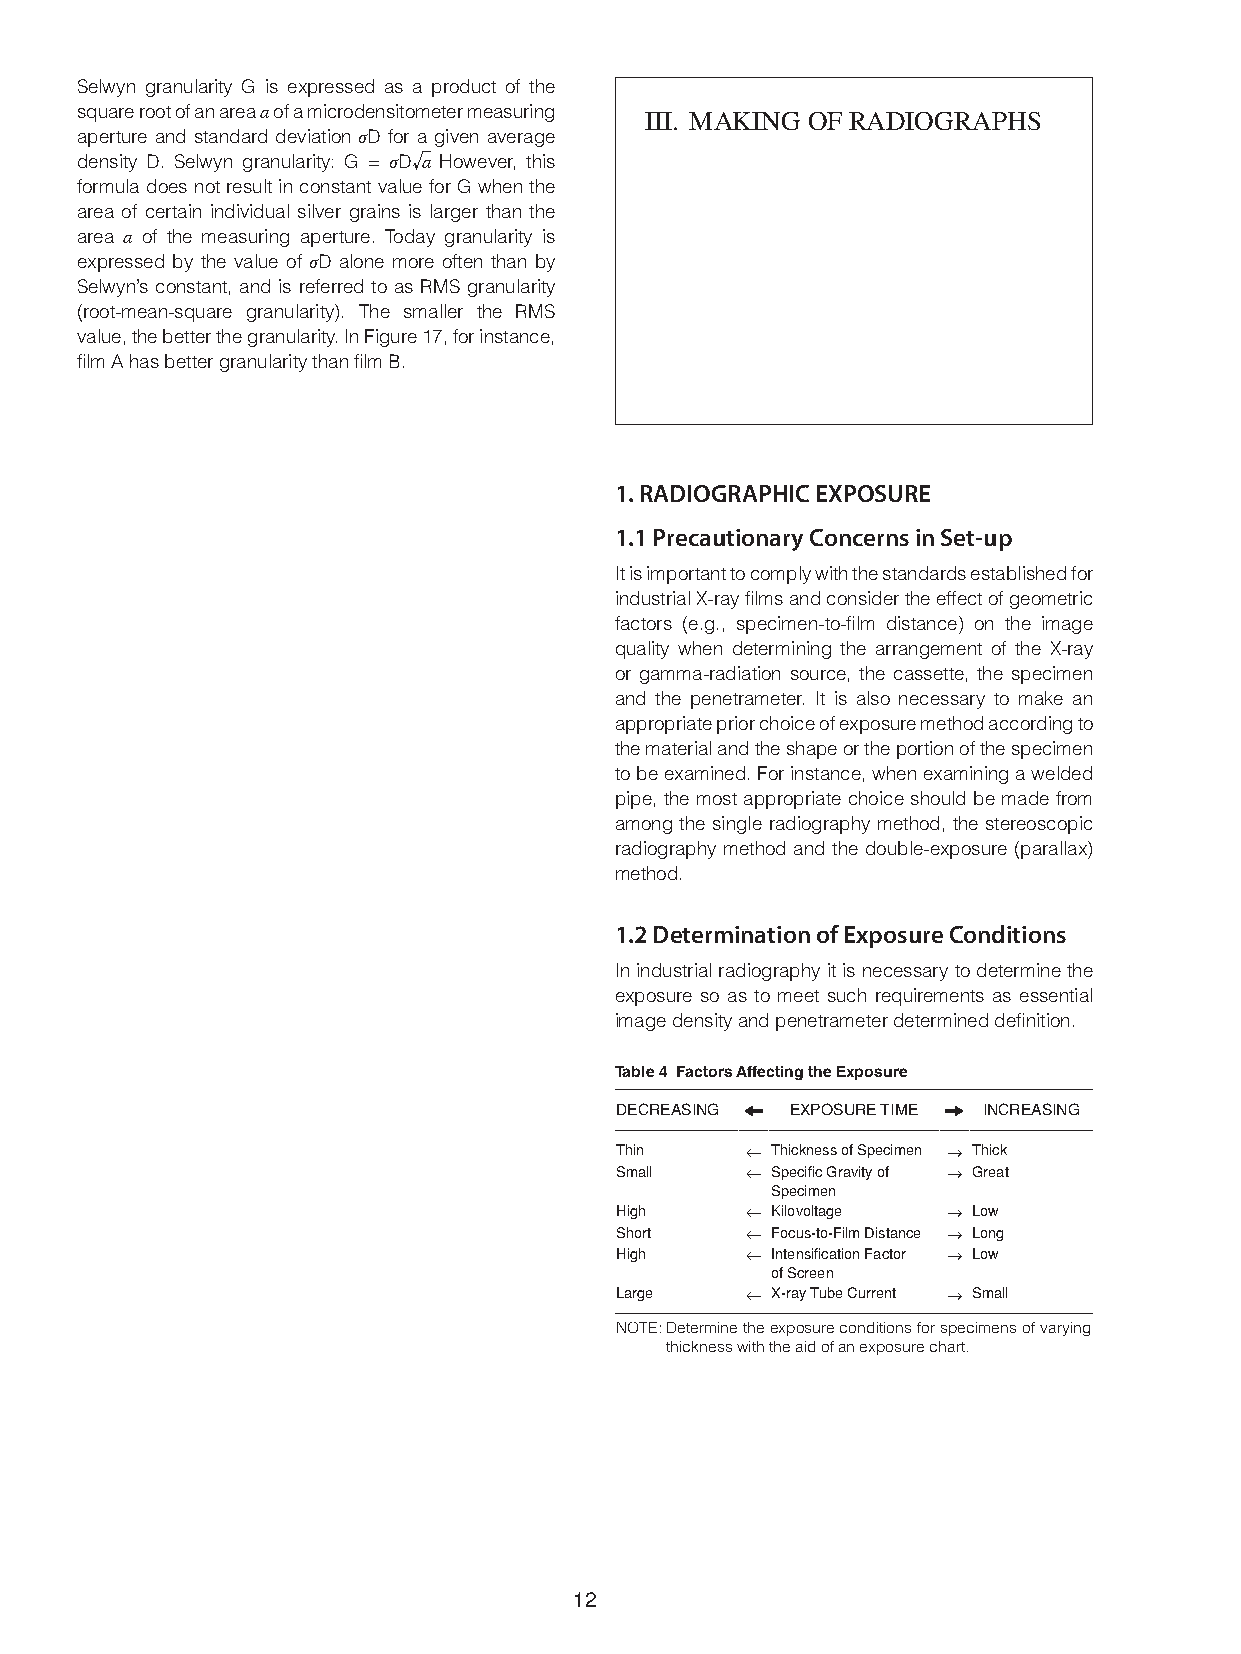
Selwyn granularity G is expressed as a product of the
 square root of an area a of a microdensitometer measuring III. MAKING OF RADIOGRAPHS
 aperture and standard deviation σD for a given average
 density D. Selwyn granularity: G = σD√a However, this
 formula does not result in constant value for G when the
 area of certain individual silver grains is larger than the
 area a of the measuring aperture. Today granularity is
 expressed by the value of σD alone more often than by
 Selwyn’s constant, and is referred to as RMS granularity
 (root-mean-square granularity). The smaller the RMS
 value, the better the granularity. In Figure 17, for instance,
 film A has better granularity than film B.
 1. radIoGraPhIc eXPoSure
 1.1 Precautionary concerns in Set-up
 It is important to comply with the standards established for
 industrial X-ray films and consider the effect of geometric
 factors (e.g., specimen-to-film distance) on the image
 quality when determining the arrangement of the X-ray
 or gamma-radiation source, the cassette, the specimen
 and the penetrameter. It is also necessary to make an
 appropriate prior choice of exposure method according to
 the material and the shape or the portion of the specimen
 to be examined. For instance, when examining a welded
 pipe, the most appropriate choice should be made from
 among the single radiography method, the stereoscopic
 radiography method and the double-exposure (parallax)
 method.
 1.2 determination of exposure conditions
 In industrial radiography it is necessary to determine the
 exposure so as to meet such requirements as essential
 image density and penetrameter determined definition.
 Table 4 Factors Affecting the Exposure
 DECREASING EXPOSURE TIME INCREASING
 Thin    ← Thickness of Specimen → Thick
 Small   ← Specific Gravity of → Great
 Specimen
 High    ← Kilovoltage → Low
 Short   ← Focus-to-Film Distance → Long
 High    ← Intensification Factor → Low
 of Screen
 Large   ← X-ray Tube Current → Small
 NOTE: Determine the exposure conditions for specimens of varying
 thickness with the aid of an exposure chart.
 